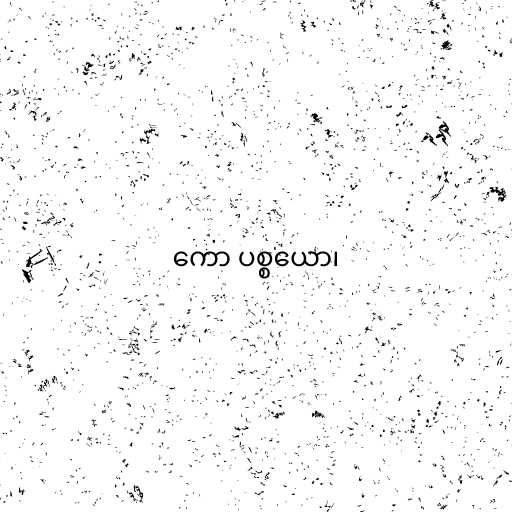
ကော ပစ္စယော၊